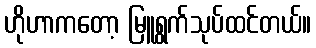
ဟိုဟာကတော့ မြူရွက်သုပ်ထင်တယ်။